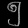
Digit: ၅